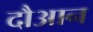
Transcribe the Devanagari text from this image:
दौआन